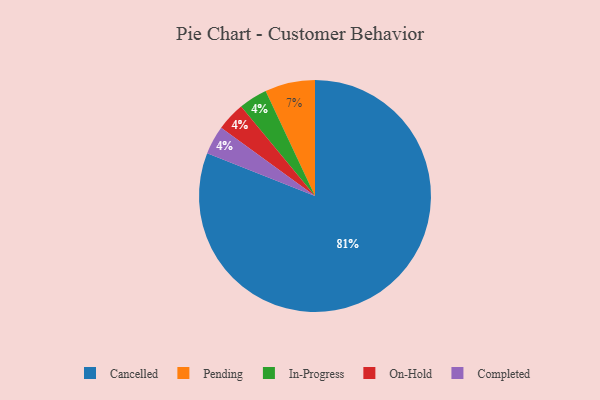
{"axis": {"x": "Category", "y": "Percentage"}, "legend": ["Cancelled", "Completed", "In-Progress", "On-Hold", "Pending"], "data": [{"x": "In-Progress", "y": 4, "type": "In-Progress"}, {"x": "Cancelled", "y": 81, "type": "Cancelled"}, {"x": "On-Hold", "y": 4, "type": "On-Hold"}, {"x": "Completed", "y": 4, "type": "Completed"}, {"x": "Pending", "y": 7, "type": "Pending"}]}